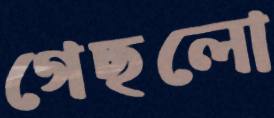
গেছলো